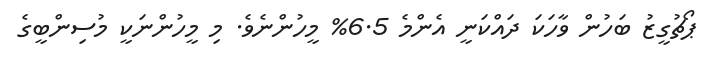
ޕޯޗުގީޒު ބަހުން ވާހަކަ ދައްކަނީ އެންމެ 6.5% މީހުންނެވެ. މި މީހުންނަކީ މުސިންބީގެ